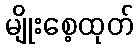
မျိုးစေ့ထုတ်